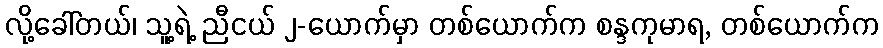
လို့ခေါ်တယ်၊ သူ့ရဲ့ ညီငယ် ၂-ယောက်မှာ တစ်ယောက်က စန္ဒကုမာရ, တစ်ယောက်က